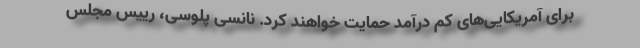
برای آمریکایی‌های کم درآمد حمایت خواهند کرد. نانسی پلوسی، رییس مجلس